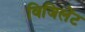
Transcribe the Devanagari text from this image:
विजिलेंट